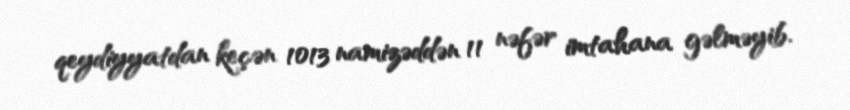
qeydiyyatdan keçən 1013 namizəddən 11 nəfər imtahana gəlməyib.